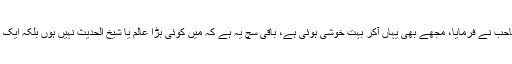
مولانا سلیم اللہ خان صاحب نے فرمایا، مجھے بھی یہاں آکر بہت خوشی ہوئی ہے، باقی سچ یہ ہے کہ میں کوئی بڑا عالم یا شیخ الحدیث نہیں ہوں بلکہ ایک ادنیٰ سا طالب علم ہوں۔